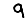
Digit: 9